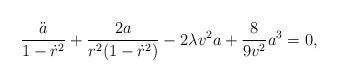
LaTeX: \begin{align*}\frac{\ddot{a}}{1-\dot{r}^{2}}+ \frac{2a}{r^{2}(1 -\dot{r}^{2})}-2 \lambda v^{2}a + \frac{8}{9v^{2}}a^{3}=0,\end{align*}